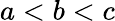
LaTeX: a<b<c